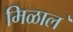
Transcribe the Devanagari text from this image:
मिळाल॓